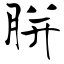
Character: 胼